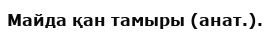
Mайда қан тамыры (анат.).